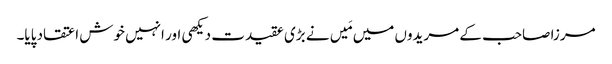
مرزا صاحب کے مریدوں میں مَیں نے بڑی عقیدت دیکھی اور انہیں خوش اعتقاد پایا۔